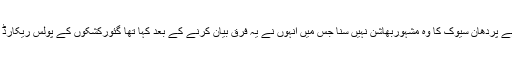
جی ہاں کیا تم نے سنگھ سیوک میرا مطلب ہے پردھان سیوک کا وہ مشہوربھاشن نہیں سنا جس میں انہوں نے یہ فرق بیان کرنے کے بعد کہا تھا گئورکشکوں کے پولس ریکارڈ جانچے جائیں تو ۸۰ فیصد مجرم نکلیں گے۔